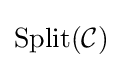
\mathrm {Split} ({\mathcal {C}})